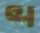
به